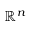
{ \mathbb { R } } ^ { n }